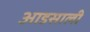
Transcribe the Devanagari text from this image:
आडसाली